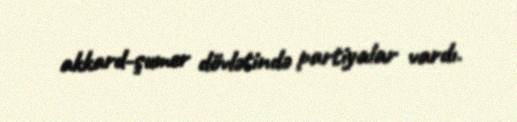
akkard-şumer dövlətində partiyalar vardı.